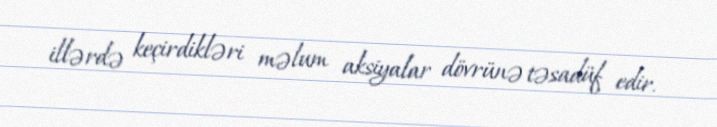
illərdə keçirdikləri məlum aksiyalar dövrünə təsadüf edir.